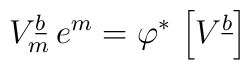
V^{\underline{b}}_m \, e^m = \varphi^* \, \left[ V^{\underline{b}} \right]